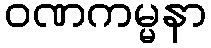
ဝဏကမ္မနာ